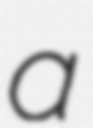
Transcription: a